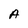
Character: A